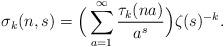
LaTeX: \begin{align*} \sigma_{k}(n,s)= \Big( \sum_{a=1}^{\infty} \frac{\tau_{k}(na)}{a^s} \Big) \zeta(s)^{-k}.\end{align*}